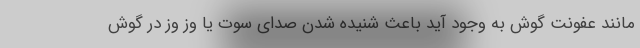
مانند عفونت گوش به وجود آید باعث شنیده شدن صدای سوت یا وز وز در گوش